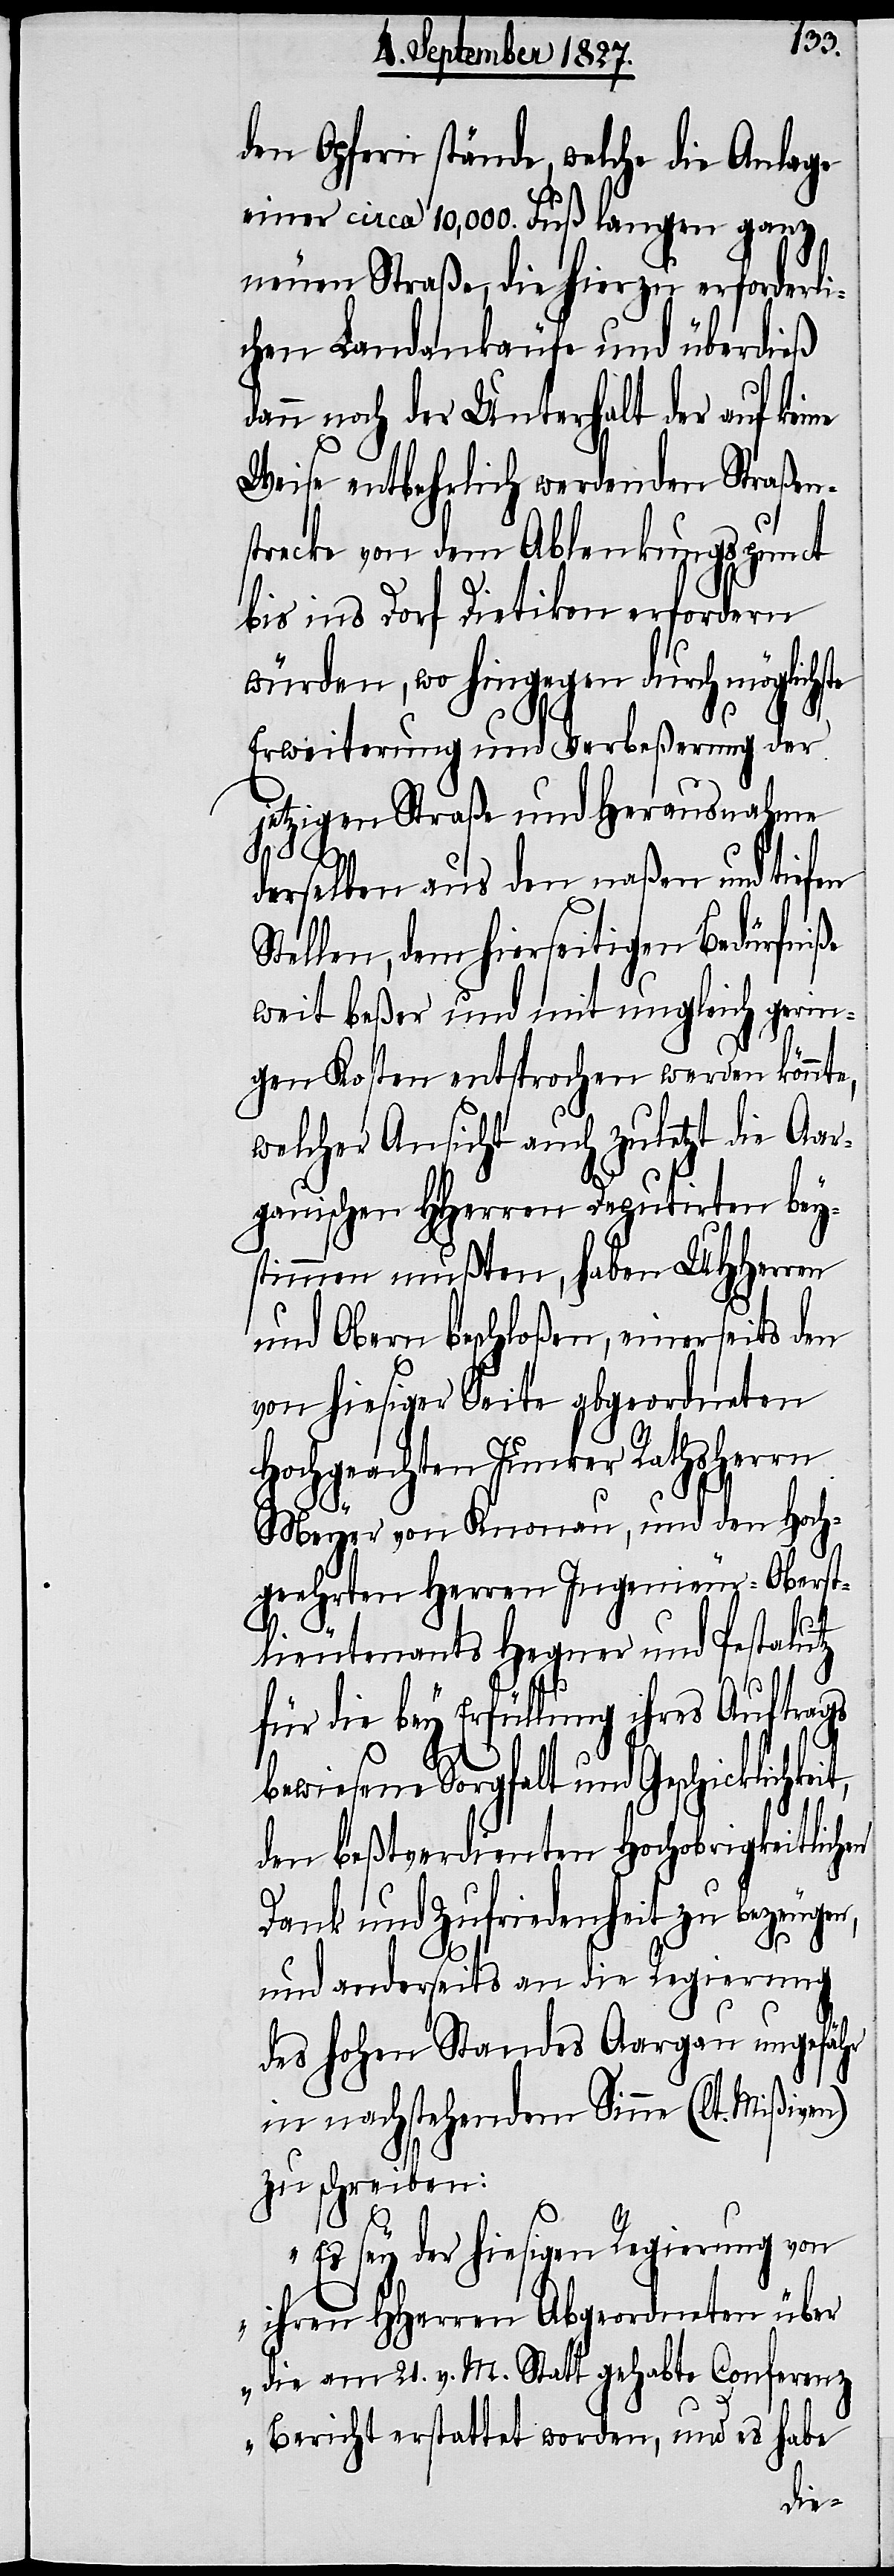
den Opfern stände, welche die Anlage
einer circa 10,000. Fuß langen ganz
neuen Straße, die hierzu erforderli¬
chen Landankäufe und überdieß
nn noch der Unterhalt der auf kei¬
Weise entbehrlich werdenden Straßen¬
strecke von dem Ablenkungspunct
bis ins Dorf Dietikon erfordern
würden, wo hingegen durch möglichste
Erweiterung und Verbeßerung der
jetzigen Straße und Herausnahme
it,
derselben aus den naßen und tiefen
Stellen, dem hierseitigen Bedürfniße
weit beßer und mit ungleich gerin¬
gen Kosten entsprochen werden könnte,
welcher Ansicht auch zuletzt die Aar¬
gauischen HHerren Deputirten bey¬
stimmen mußten, haben UHHerren
und Obern beschloßen, einerseits den
von hiesiger Seite abgeordneten
Hochgeachten Junker Rathsherrn
Meyer von Knonau, und den Hoch¬
geehrten Herren Ingenieur-Oberst¬
lieutenants Hegner und Pestalutz
da¬
für die bey Erfüllung ihres Auftrags
bewiesene Sorgfalt und Geschicklichke¬
den beßtverdienten Hochobrigkeitlichen
Dank und Zufriedenheit zu bezeugen,
ne
und anderseits an die Regierung
des hohen Standes Aargau ungefähr
in nachstehendem Sinne (lt. Mißiven)
zu schreiben:
„Es sey der hiesigen Regierung von
ihren HHerren Abgeordneten über
die am 21. v. M. Statt gehabte Conferenz
Bericht erstattet worden, und es habe